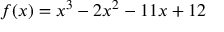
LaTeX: f ( x ) = x ^ { 3 } - 2 x ^ { 2 } - 1 1 x + 1 2